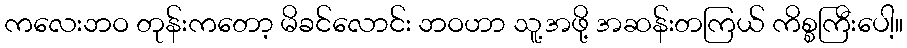
ကလေးဘဝ တုန်းကတော့ မိခင်လောင်း ဘဝဟာ သူ့အဖို့ အဆန်းတကြယ် ကိစ္စကြီးပေါ့။